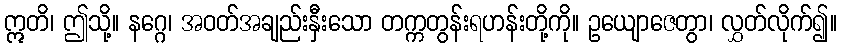
ဣတိ၊ ဤသို့။ နဂ္ဂေ၊ အဝတ်အချည်းနှီးသော တက္ကတွန်းရဟန်းတို့ကို။ ဥယျောဇေတွာ၊ လွှတ်လိုက်၍။